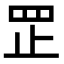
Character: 𦊆